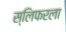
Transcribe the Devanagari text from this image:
स्लिफरला